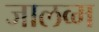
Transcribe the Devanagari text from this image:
जालव्म